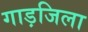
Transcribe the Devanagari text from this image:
गाड़जिला